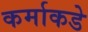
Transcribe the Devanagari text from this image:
कर्माकडे